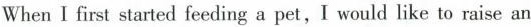
When Ⅰ first started feeding a pet,I would like to raise an